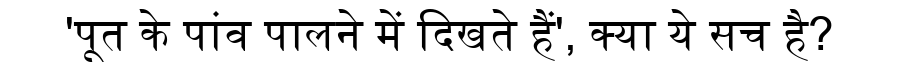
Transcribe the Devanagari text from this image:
'पूत के पांव पालने में दिखते हैं', क्या ये सच है?